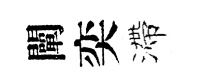
闡奕滯